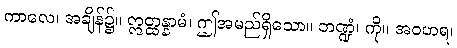
ကာလေ၊ အချိန်၌။ ဣတ္ထန္နာမံ၊ ဤအမည်ရှိသော။ ဘဏ္ဍံ၊ ကို။ အဝဟရ၊